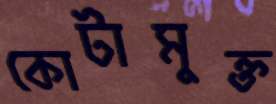
কোটামুক্ত